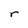
Character: r